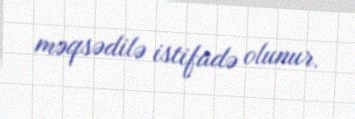
məqsədilə istifadə olunur.